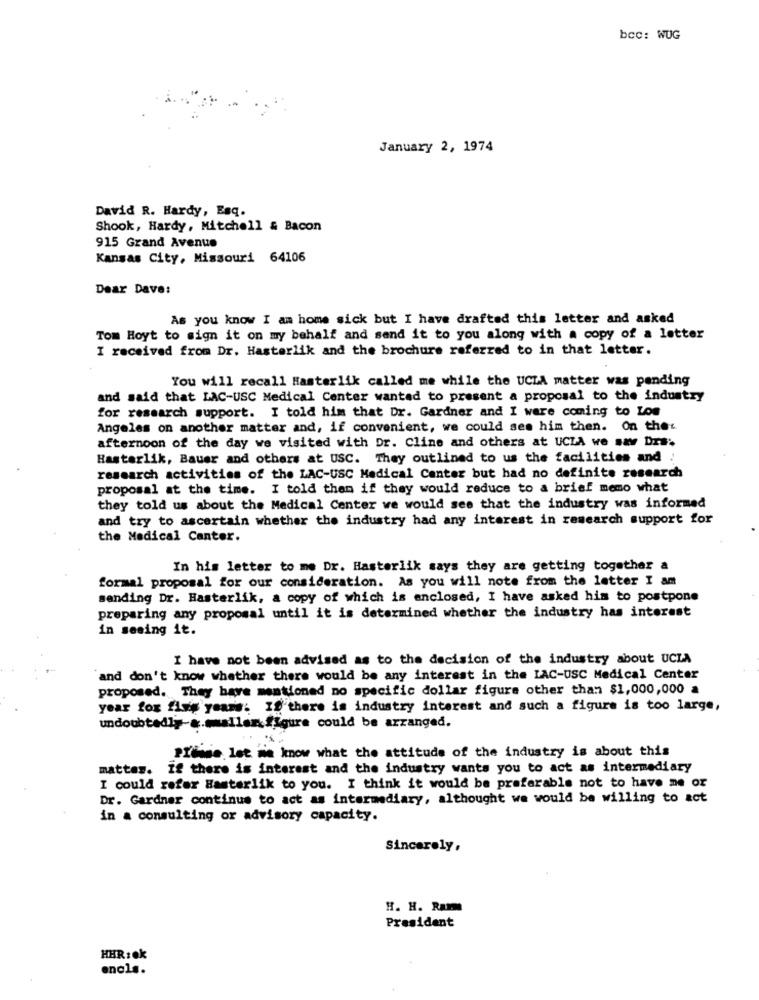
bcc: WUG
January 2, 1974
David R. Hardy, Esq.
Shook, Hardy, Mitchell & Bacon
915 Grand Avenue
Kansas City, Missouri 64106
Dear Dave:
As you know I am home sick but I have drafted this letter and asked
Tom Hoyt to sign it on my behalf and send it to you along with a copy of a letter
I received from Dr. Hasterlik and the brochure referred to in that letter.
You will recall Hasterlik called me while the UCLA matter was pending
and said that LAC-USC Medical Center wanted to present a proposal to the industry
for research support. I told him that Dr. Gardner and I were coming to Los
Angeles on another matter and, if convenient, we could see him then. On the
afternoon of the day we visited with Dr. Cline and others at UCLA we say Drs:
Hastarlik, Bauer and others at USC. They outlined to us the facilities and .
research activities of the LAC-USC Medical Center but had no definite research
proposal at the time. I told them if they would reduce to a brief memo what
they told us about the Medical Center we would see that the industry was informed
and try to ascertain whether the industry had any interest in research support for
the Medical Center.
In his letter to me Dr. Hasterlik says they are getting together a
formal proposal for our consideration. As you will note from the letter I am
sending Dr. Hasterlik, a copy of which is enclosed, I have asked him to postpone
preparing any proposal until it is determined whether the industry has interest
in seeing it.
I have not been advised as to the decision of the industry about UCIA
and don't know whether there would be any interest in the LAC-USC Medical Center
proposed. They have mentioned no specific dollar figure other than $1,000,000 a
year fox flug years: If there is industry interest and such a figure is too large,
undoubtedly-&.smaller.figure could be arranged.
Prinse, let me know what the attitude of the industry is about this
mattes. If there is interest and the industry wants you to act as intermediary
I could refer Hasterlik to you. I think it would be preferable not to have me or
Dr. Gardner continue to act as intermediary, althought we would be willing to act
in a consulting or advisory capacity.
Sincerely,
H. H. Ram
President
HHR:ok
encls.